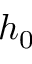
h _ { 0 }